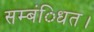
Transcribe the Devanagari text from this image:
सम्बंिधत।